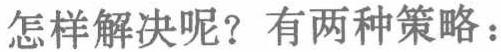
怎样解决呢？有两种策略：